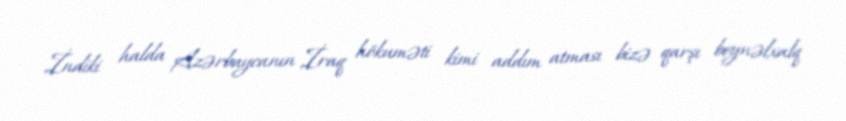
İndiki halda Azərbaycanın İraq hökuməti kimi addım atması bizə qarşı beynəlxalq